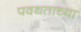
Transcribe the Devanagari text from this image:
पवथताच्या